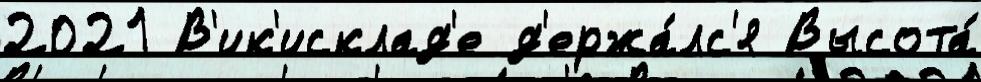
2021 В'ик'исклад'е д'ержа́лс'я Высота́